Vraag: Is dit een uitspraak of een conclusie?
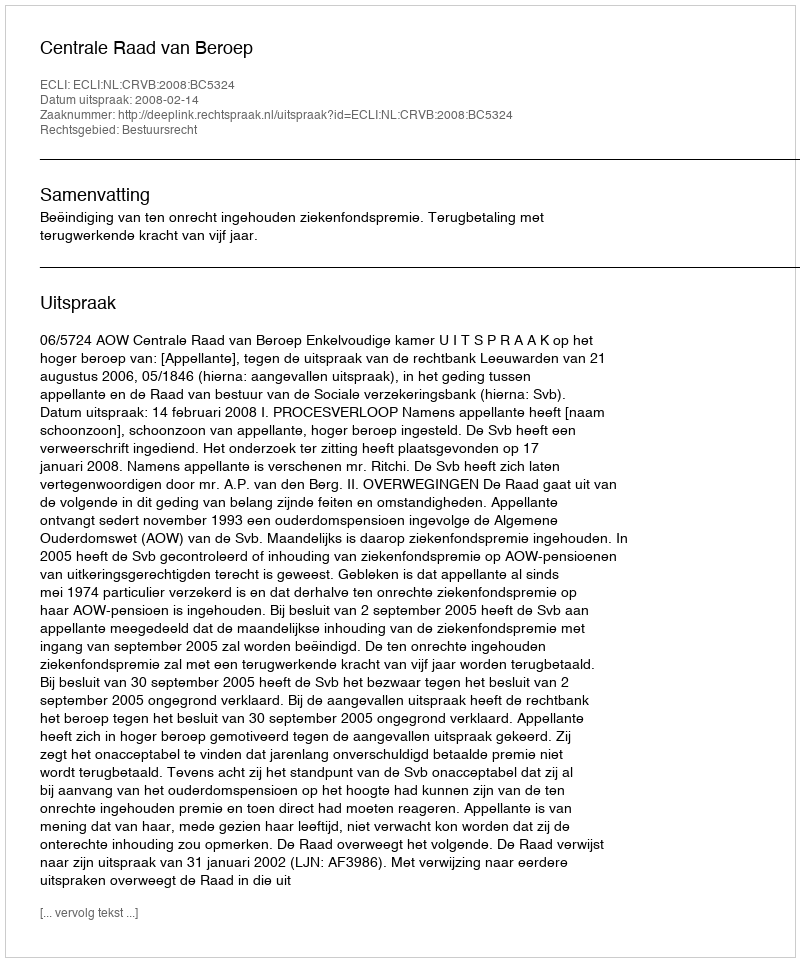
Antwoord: Uitspraak